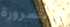
بالضرورة